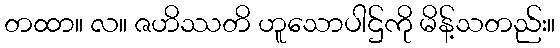
တထာ။ လ။ ဇဟိဿတိ ဟူသောပါဌ်ကို မိန့်သတည်း။